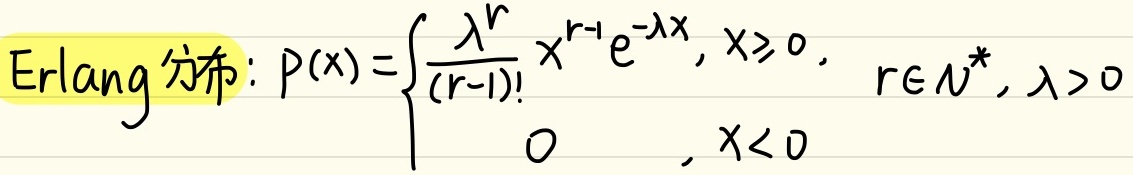
Erlang分布：
\[
P(x)=\begin{cases}
\frac{\lambda^{r}}{(r - 1)!}x^{r - 1}e^{-\lambda x},&x\geqslant0\\
0,&x<0
\end{cases}
\quad r\in N^{*},\lambda>0
\]